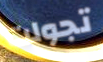
تجولت